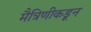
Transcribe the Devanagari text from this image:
मैत्रिणीकडून